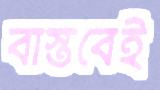
বাস্তবেই